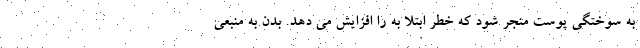
به سوختگی پوست منجر شود که خطر ابتلا به را افزایش می دهد. بدن به منبعی